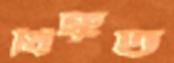
ধিক্কৃত